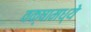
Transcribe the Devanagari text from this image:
वक्षामध्ये